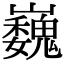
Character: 巍